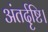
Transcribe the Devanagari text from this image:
अंतर्दृष्टि।